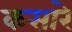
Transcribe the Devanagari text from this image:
कसारे